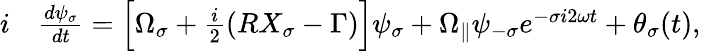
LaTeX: \begin{array}{rl}{i}&{{}\frac{d\psi_{\sigma}}{dt}=\Big[\Omega_{\sigma}+\frac{i}{2}\left(RX_{\sigma}-\Gamma\right)\Big]\psi_{\sigma}+\Omega_{\parallel}\psi_{-\sigma}e^{-\sigma i2\omega t}+\theta_{\sigma}(t),}\end{array}